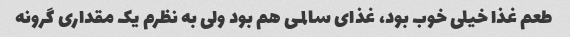
طعم غذا خیلى خوب بود، غذاى سالمى هم بود ولى به نظرم یک مقدارى گرونه